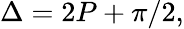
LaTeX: \Delta=2P+\pi/2,